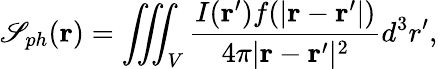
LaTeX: \mathscr{S}_{ph}({\mathbf{r}})=\iiint_{V}\frac{{I({\mathbf{r}^{\prime}})f(|{\mathbf{r}-\mathbf{r}^{\prime}}|)}}{{4\pi|{\mathbf{r}-\mathbf{r}^{\prime}}|^{2}}}d^{3}r^{\prime},